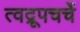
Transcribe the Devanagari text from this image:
त्वद्रूपचर्चे